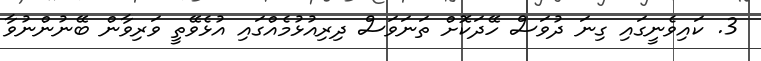
3. ކައިވެނީގައި ގިނަ ދުވަސް ހޭދަކޮށް ތަނަވަސް ދިރިއުޅުމެއްގައި އުޅެވޭތީ ވަރިވާން ބޭނުންނުވާ